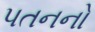
પતનનો